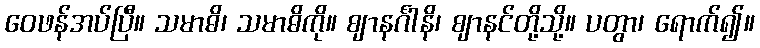
ဝေဖန်အပ်ပြီ။ သမာဓိ၊ သမာဓိကို။ ဈာနင်္ဂါနိ၊ ဈာနင်တို့သို့။ ပတွာ၊ ရောက်၍။